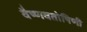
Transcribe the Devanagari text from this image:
वैष्णवतोषिणी